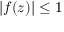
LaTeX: | f ( z ) | \leq 1